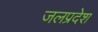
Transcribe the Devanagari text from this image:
जलप्रदेश